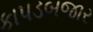
કાપડબજાર